Punjab Mental Hospital Lahore 1932-46 - 1932-1946
Year: 1932
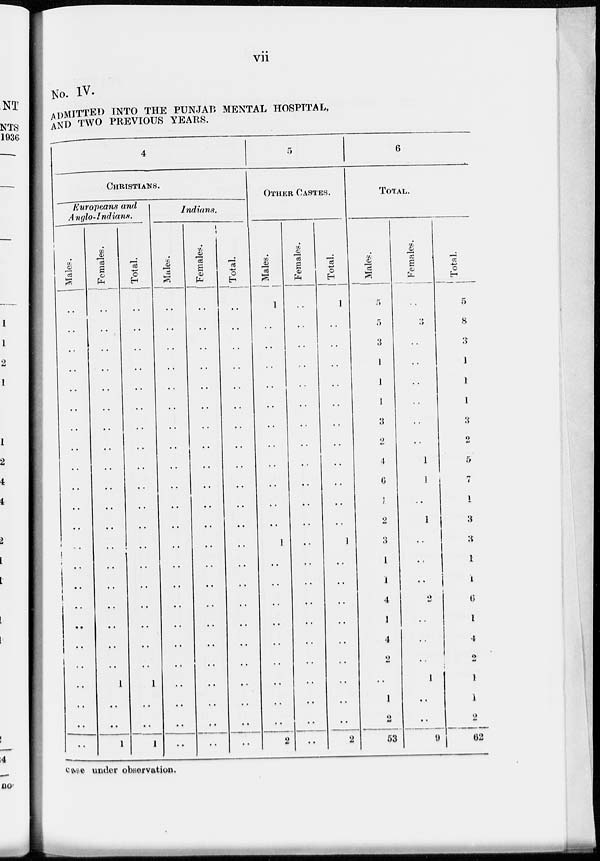
vii
No. IV.
ADMITTED INTO THE PUNJAB MENTAL HOSPITAL,
AND TWO PREVIOUS YEARS.
4
CHRISTIANS.
Europeans and
Anglo- Indians.
Males.
..
..
..
..
..
..
..
..
..
..
..
..
..
..
..
..
..
..
..
..
..
..
..
Females.
..
..
..
..
..
..
..
..
..
..
..
..
..
..
..
..
..
..
..
1
..
..
1
Total.
..
..
..
..
..
..
..
..
..
..
..
..
..
..
..
..
..
..
..
1
..
..
1
Indians.
Males.
..
..
..
..
..
..
..
..
..
..
..
..
..
..
..
..
..
..
..
..
..
..
..
Females.
..
..
..
..
..
..
..
..
..
..
..
..
..
..
..
..
..
..
..
..
..
..
..
Total.
..
..
..
..
..
..
..
..
..
..
..
..
..
..
..
..
..
..
..
..
..
..
..
5
OTHER CASTES.
Males.
1
..
..
..
..
..
..
..
..
..
..
..
1
..
..
..
..
..
..
..
..
..
2
Females.
..
..
..
..
..
..
..
..
..
..
..
..
..
..
..
..
..
..
..
..
..
..
..
Total.
1
..
..
..
..
..
..
..
..
..
..
..
1
..
..
..
..
..
..
..
..
..
2
6
TOTAL.
Males.
5
5
3
1
1
1
3
2
4
6
1
2
3
1
1
4
1
4
2
..
1
2
53
Females.
..
3
..
..
..
..
..
..
1
1
..
1
..
..
..
2
..
..
..
1
..
..
9
Total.
5
8
3
1
1
1
3
2
5
7
1
3
3
1
1
6
1
4
2
1
1
2
62
case under observation.